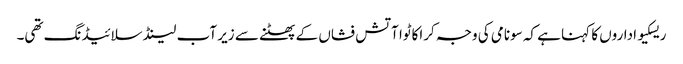
ریسکیو اداروں کا کہنا ہے کہ سونامی کی وجہ کراکاٹوا آتش فشاں کے پھٹنے سے زیر آب لینڈ سلائیڈنگ تھی۔